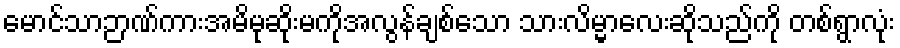
မောင်သာဉာဏ်ကားအမိမုဆိုးမကိုအလွန်ချစ်သော သားလိမ္မာလေးဆိုသည်ကို တစ်ရွာလုံး